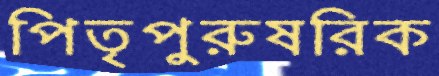
পিতৃপুরুষরিক